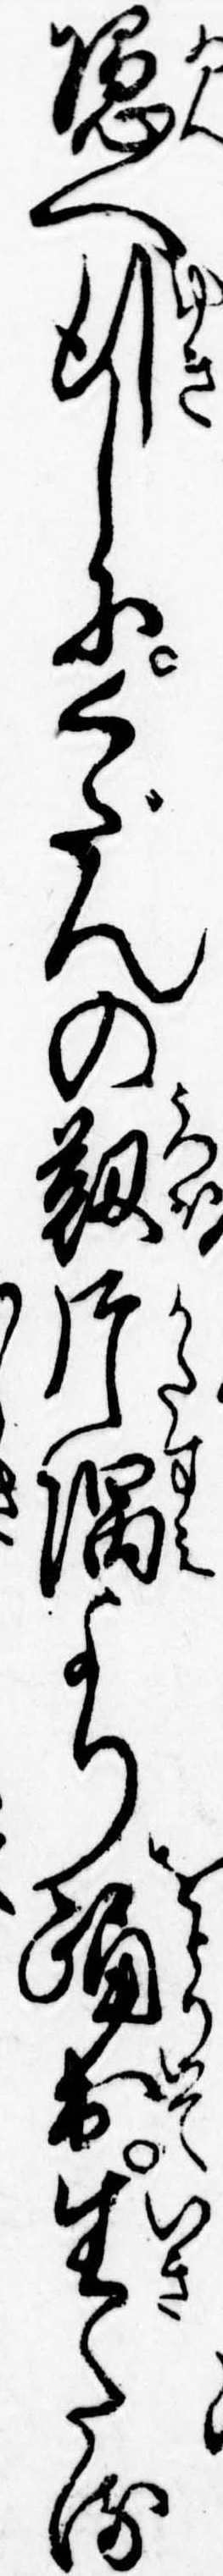
隠へ行しにくだんの靭片隅より踊出生たる